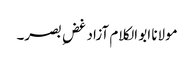
مولانا ابو الکلام آزاد غضِ بصر۔